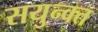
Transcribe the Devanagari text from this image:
सयुन्क्त